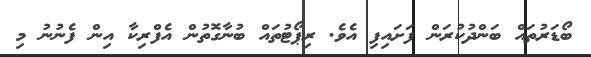
ބޯޑަރުތައް ބަންދުކުރަން ފަށައިފި އެވެ. ރިޕޯޓުތައް ބުނާގޮތުން އެފްރިކާ އިން ފެނުނު މި